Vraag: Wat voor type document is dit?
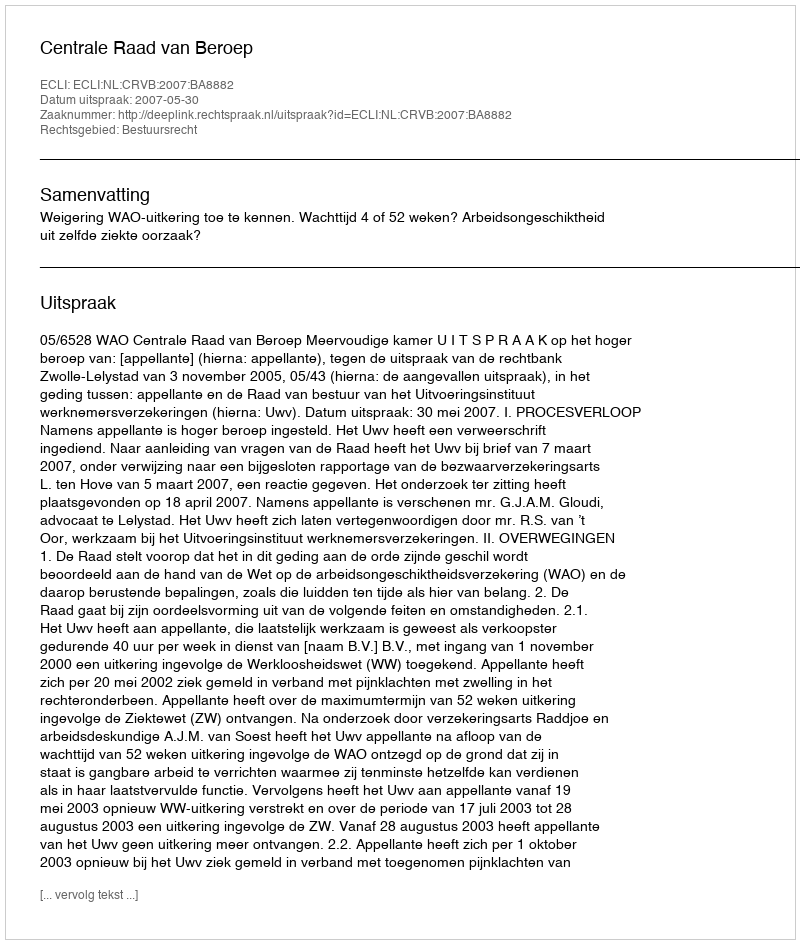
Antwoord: Uitspraak